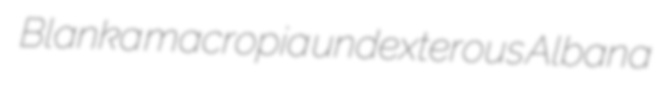
Blanka macropia undexterous Albana